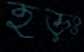
হড়ঃ